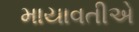
માયાવતીએ